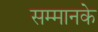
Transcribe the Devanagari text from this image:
सम्मानके